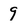
Character: 9